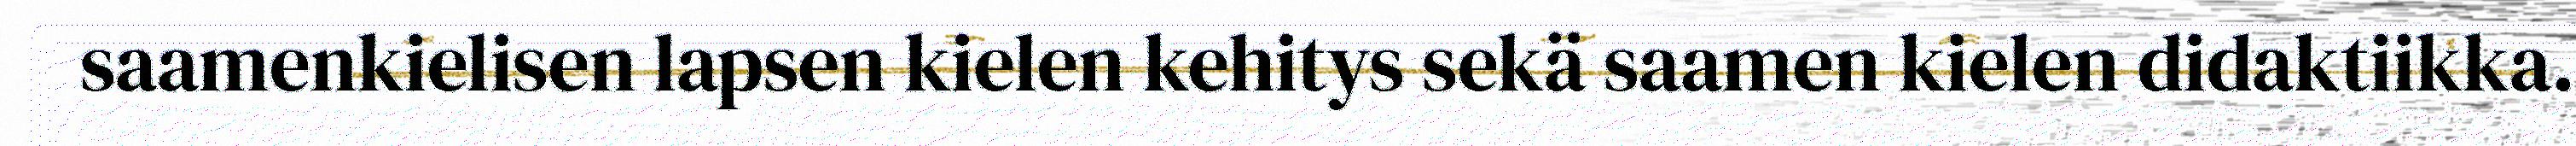
saamenkielisen lapsen kielen kehitys sekä saamen kielen didaktiikka.